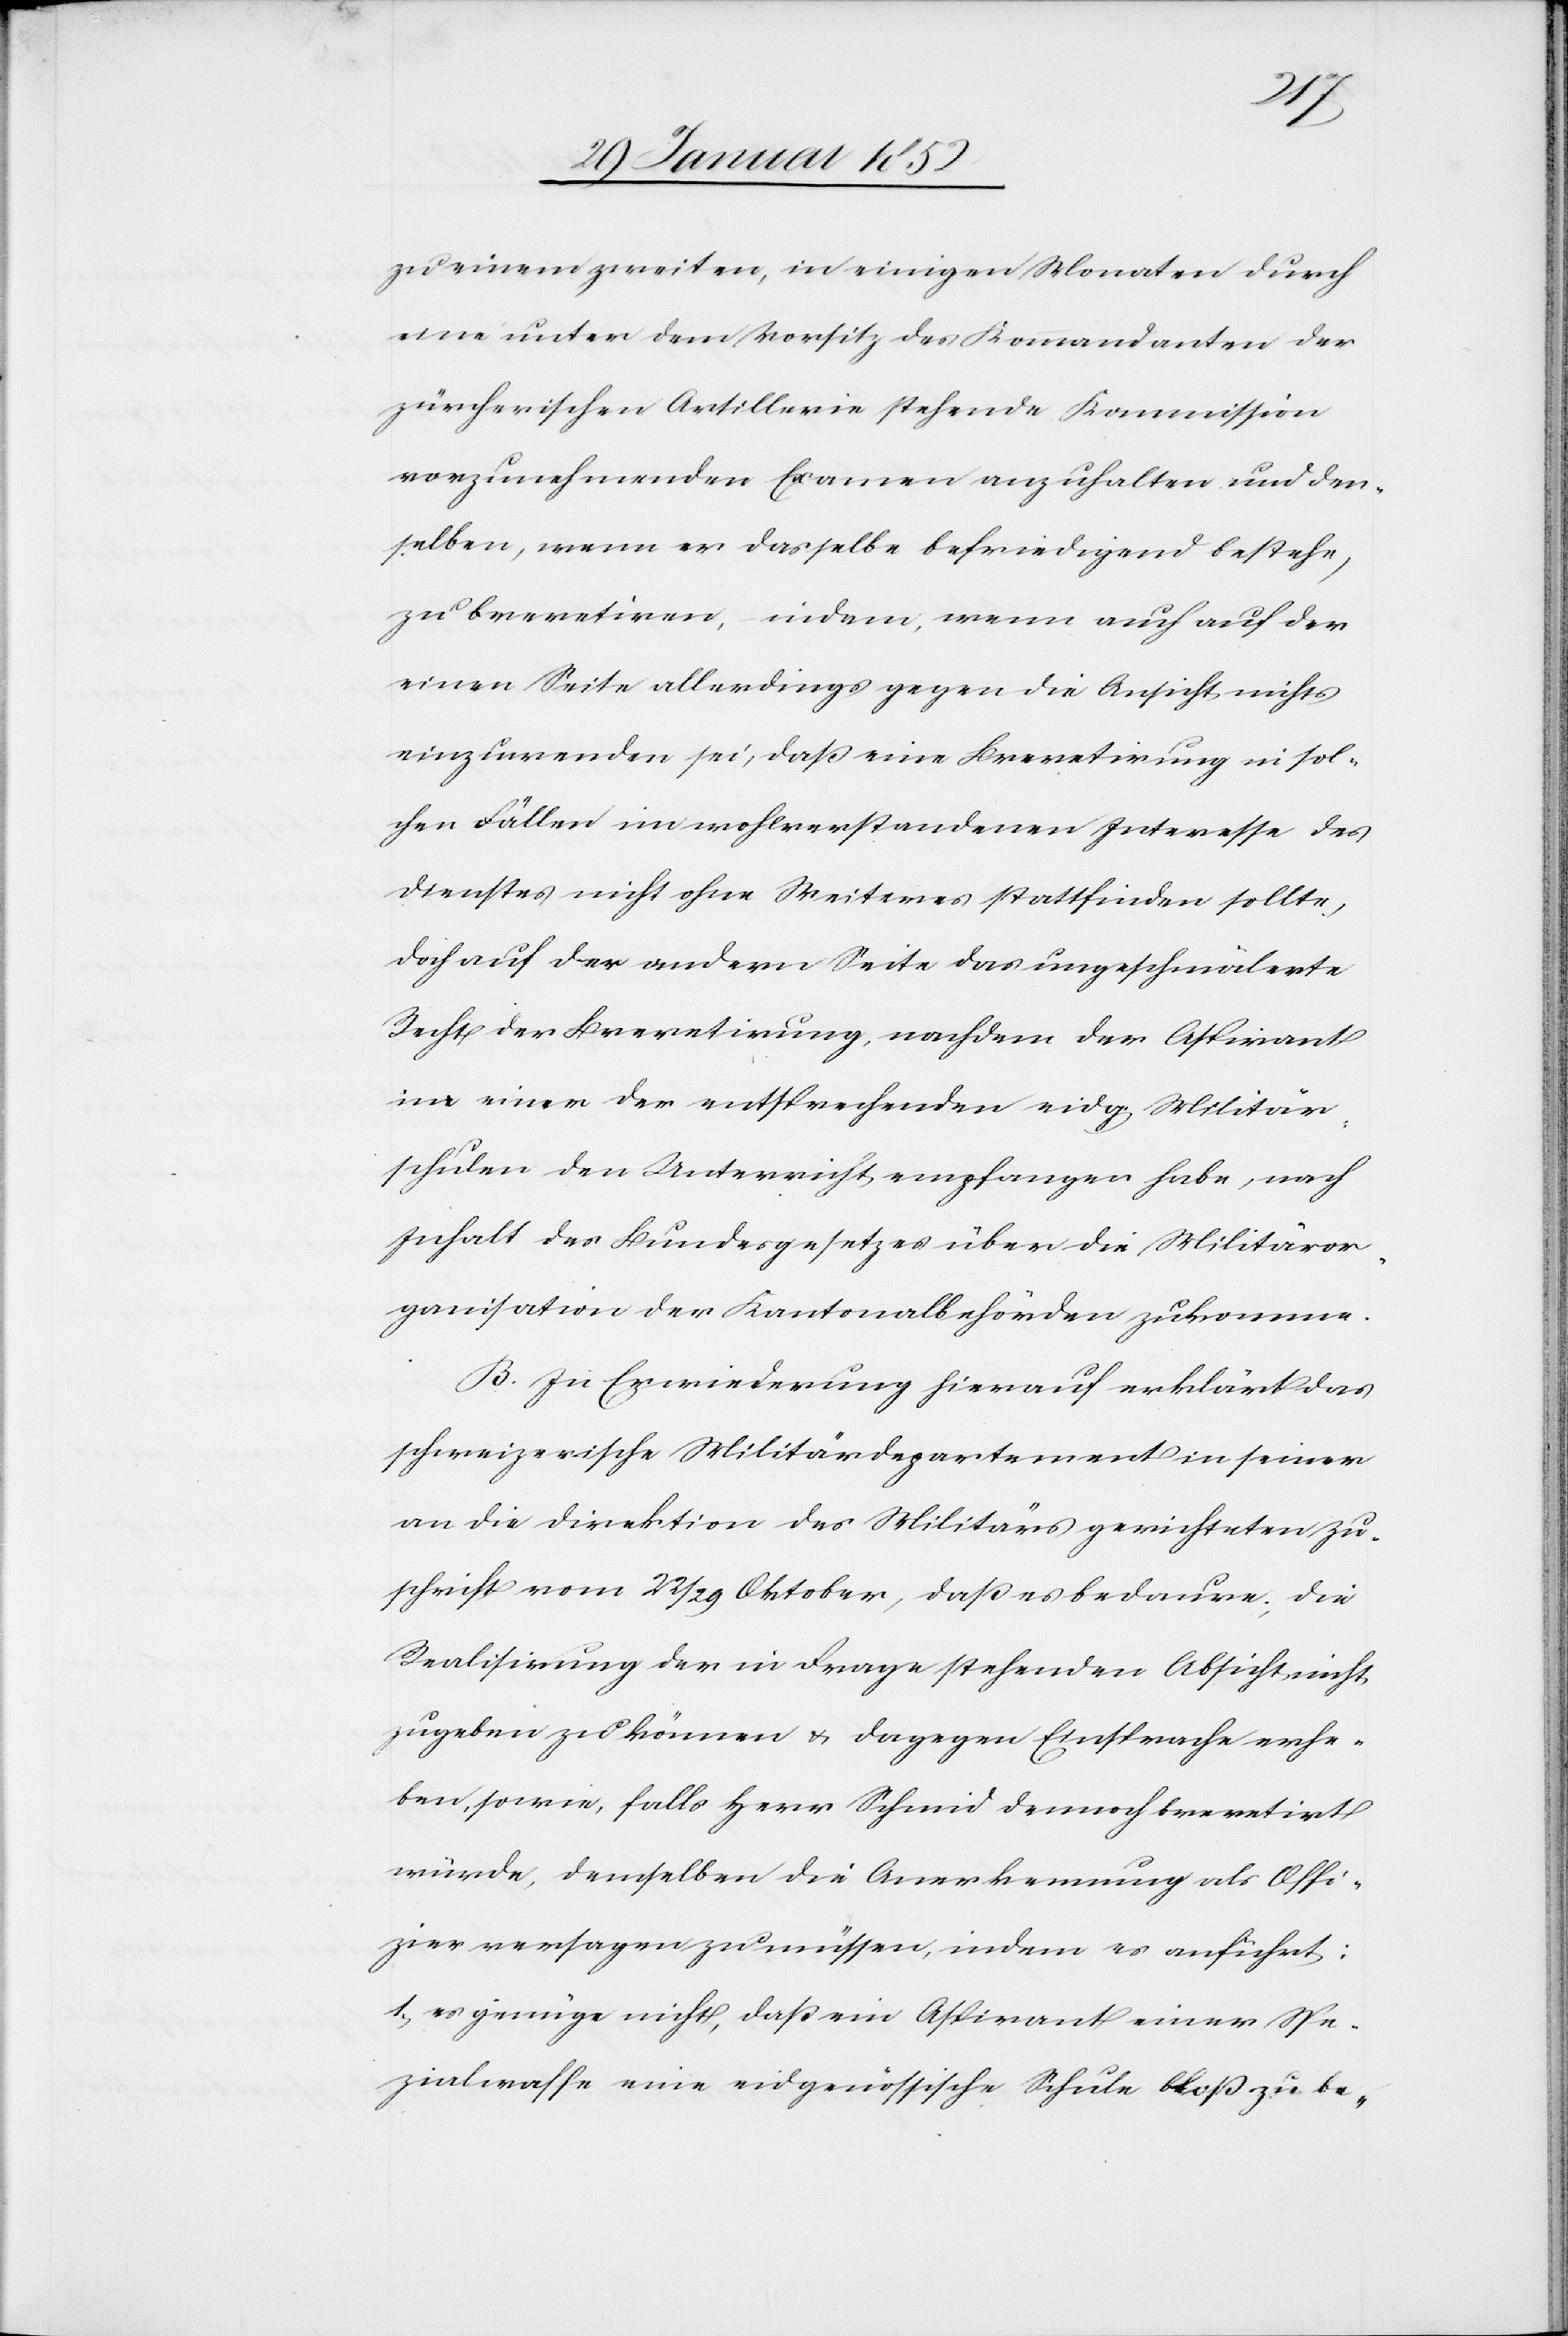
zu einem zweiten, in einigen Monaten durch
eine unter dem Vorsitz des Kommandanten der
zürcherischen Artillerie stehende Kommission
vorzunehmenden Examen anzuhalten und den¬
selben, wenn er dasselbe befriedigend bestehe,
zu brevetiren, indem, wenn auch auf der
einen Seite allerdings gegen die Ansicht nichts
einzuwenden, daß eine Brevetirung in sol¬
chen Fällen im wohlverstandenen Interesse des
Dienstes nicht ohne Weiteres stattfinden sollte,
doch auf der andern Seite das ungeschmälerte
Recht der Brevetirung, nachdem der Aspirant
in eine der entsprechenden eidg. Militär¬
schulen den Unterricht empfangen habe, nach
Inhalt des Bundesgesetzes über die Militäror¬
ganisation den Kantonalbehörden zukommen.
B. Zu Erwiederung hierauf erklärt das
schweizerische Militärdepartement in seiner
an die Direktion des Militärs gerichteten Zu¬
schrift vom 22/29 Oktober, daß es bedaure, die
Realisirung der in Frage stehenden Absicht, nicht
zugeben zu können u. dagegen Einsprache erhe¬
ben, sowie, falls Herr Schmid dennoch brevetirt
würde, demselben die Anerkennung als Offi¬
zier versagen zu müssen, indem es anführt:
1.) es genüge nicht, daß ein Aspirant einer Spe¬
zialwaffe eine eidgenössische Schule bloß zu be-